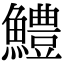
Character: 鱧